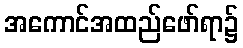
အကောင်အထည်ဖော်ရာ၌